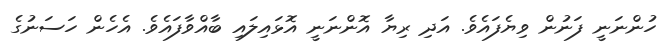
ހުންނަނީ ފަނުން ވިޔެފައެވެ. އަދި ރިޔާ އޮންނަނީ އޮޅައިލައި ބާއްވާފައެވެ. އެހެން ހަސަނުގެ